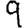
Digit: 9